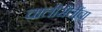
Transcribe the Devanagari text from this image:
चालीरीतींचा